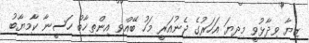
ޒިޔާ ވިދާޅުވީ މިދިޔަ އަހަރުގެ ޖެނުއަރީ މަހު ބޭއްވި އިންތިޚާބު ހަސީނާ ކާމިޔާބު